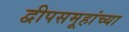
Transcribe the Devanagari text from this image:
द्वीपसमूहांच्या